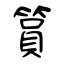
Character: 篔